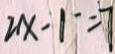
2 x - 1 - = 7